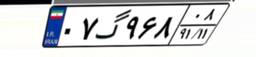
۰۷گ۹۶۸۰۸